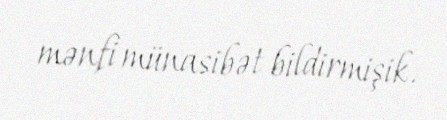
mənfi münasibət bildirmişik.